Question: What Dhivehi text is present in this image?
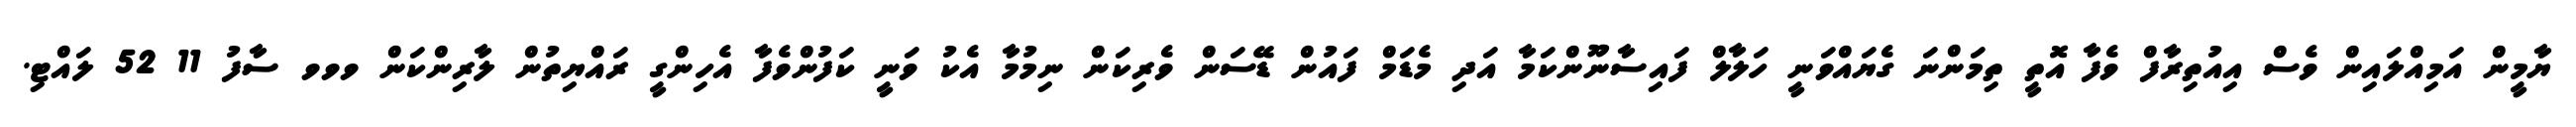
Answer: ޔާމީން އަމިއްލައިން ވެސް އިއުތިރާފް ވެފާ އޮތީ ތިމަންނަ ގެޔައްވަނީ ހަލާލް ފައިސާނޫންކަމާ އަދި މެޑަމް ފައުން ޑޭސަން ވެރިކަން ނިމުމާ އެކު ވަނީ ކަފުންވެފާ އެހިންގީ ރައްޔިތުން ލާރިންކަން ވވވ ސާފު 11 52 ލައްޓި.